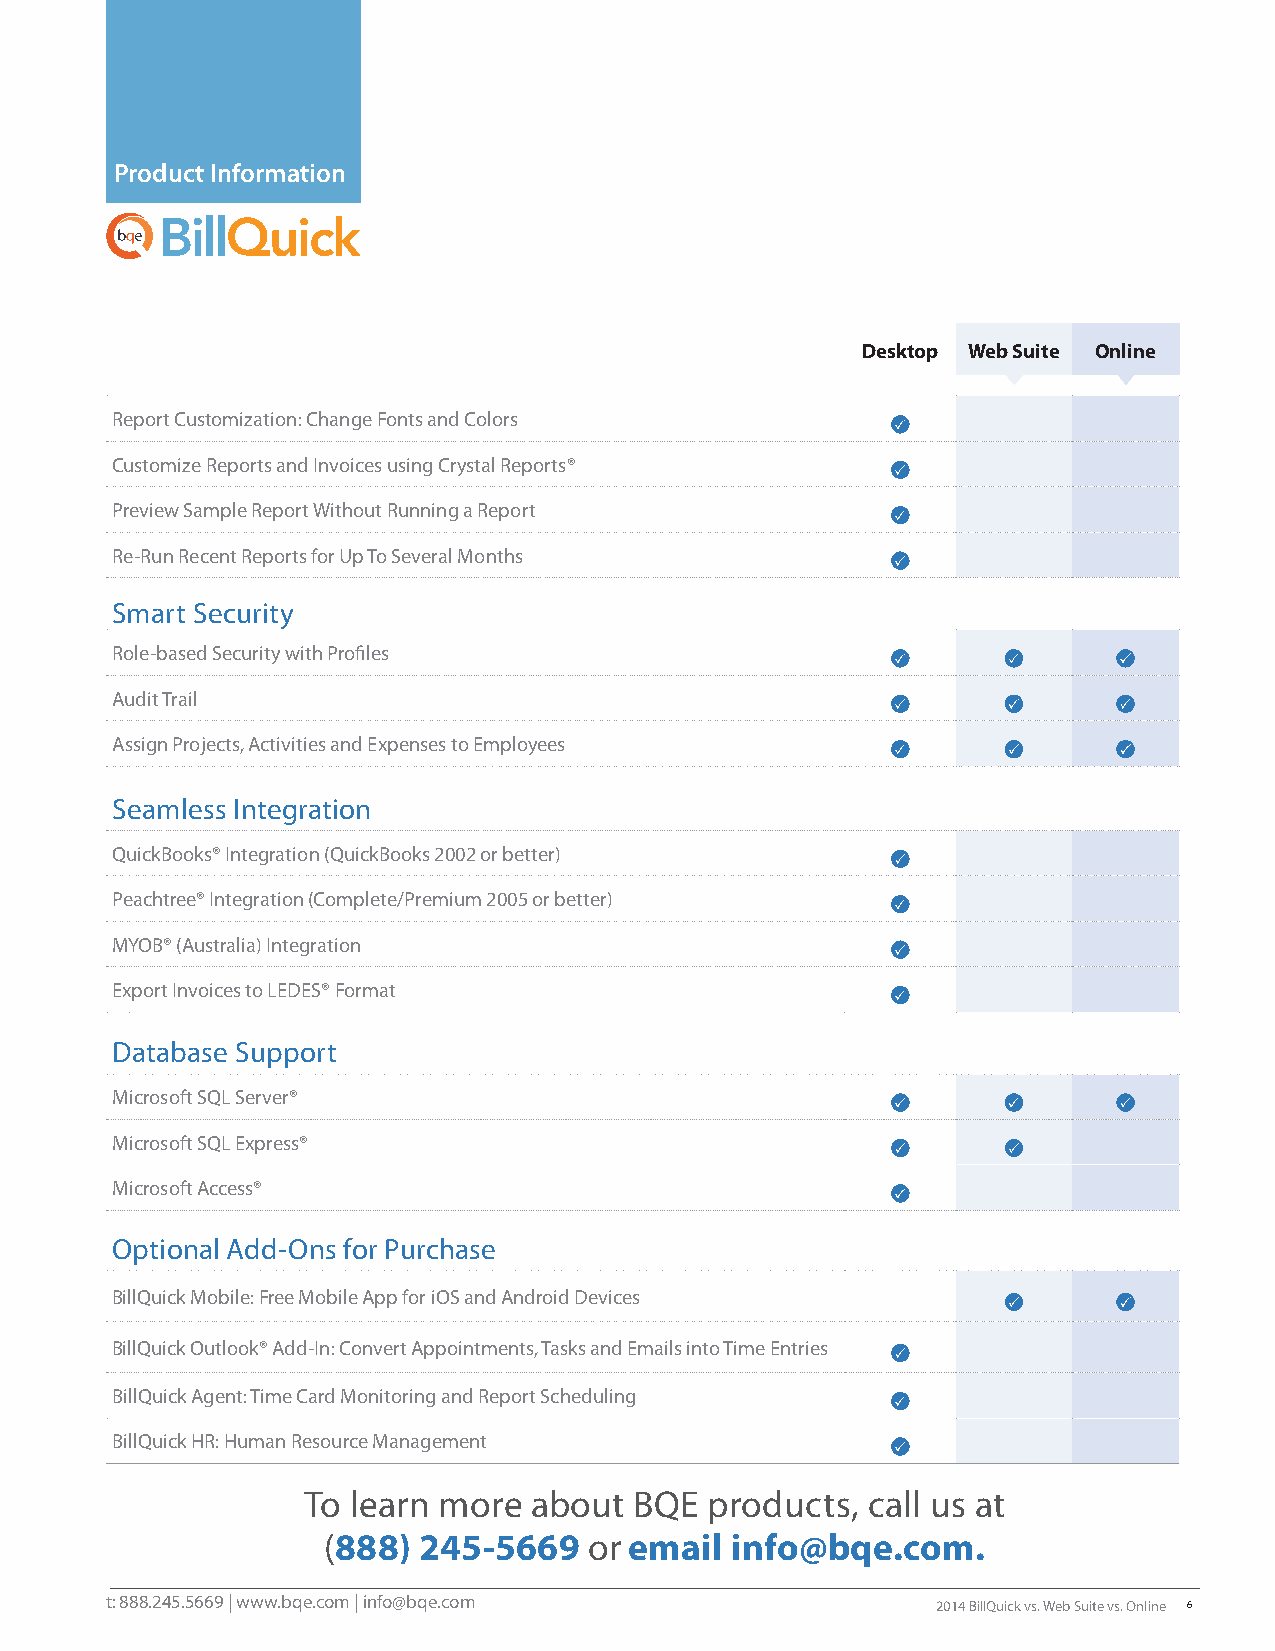
Product Information
 Desktop Web Suite Online
 Report Customization: Change Fonts and Colors
 Customize Reports and Invoices using Crystal Reports®
 Preview Sample Report Without Running a Report
 Re-Run Recent Reports for Up To Several Months
 Smart Security
 Role-based Security with Profiles
 Audit Trail
 Assign Projects, Activities and Expenses to Employees
 Seamless Integration
 QuickBooks® Integration (QuickBooks 2002 or better)
 Peachtree® Integration (Complete/Premium 2005 or better)
 MYOB® (Australia) Integration
 Export Invoices to LEDES® Format
 Database Support
 Microsoft SQL Server®
 Microsoft SQL Express®
 Microsoft Access®
 Optional Add-Ons for Purchase
 BillQuick Mobile: Free Mobile App for iOS and Android Devices
 BillQuick Outlook® Add-In: Convert Appointments, Tasks and Emails into Time Entries
 BillQuick Agent: Time Card Monitoring and Report Scheduling
 BillQuick HR: Human Resource Management
 To learn more  about  BQE  products, call us at
 (888)  245-5669   or email info@bqe.com.
 t: 888.245.5669 | www.bqe.com | info@bqe.com
 2014 BillQuick vs. Web Suite vs. Online 6